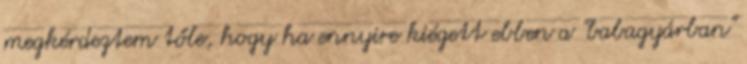
megkérdeztem tőle, hogy ha ennyire kiégett ebben a "babagyárban"